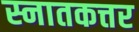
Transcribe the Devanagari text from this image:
स्नातकत्तर